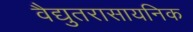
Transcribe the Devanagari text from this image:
वैद्युतरासायनिक